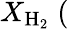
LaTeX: X_{\mathrm{H_{2}}}\; (\